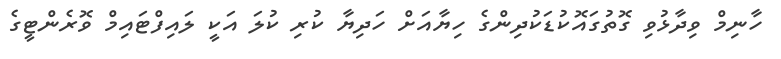
ހާނިމް ވިދާޅުވި ގޮތުގައޮކުޑަކުދިންގެ ހިޔާއަށް ހަދިޔާ ކުރި ކުލަ އަކީ ލައިފްޓައިމް ވޮރެންޓީގެ